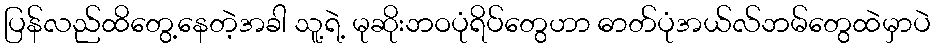
ပြန်လည်ထိတွေ့နေတဲ့အခါ သူ့ရဲ့ မုဆိုးဘဝပုံရိပ်တွေဟာ ဓာတ်ပုံအယ်လ်ဘမ်တွေထဲမှာပဲ